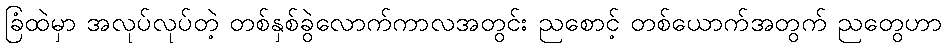
ခြံထဲမှာ အလုပ်လုပ်တဲ့ တစ်နှစ်ခွဲလောက်ကာလအတွင်း ညစောင့် တစ်ယောက်အတွက် ညတွေဟာ